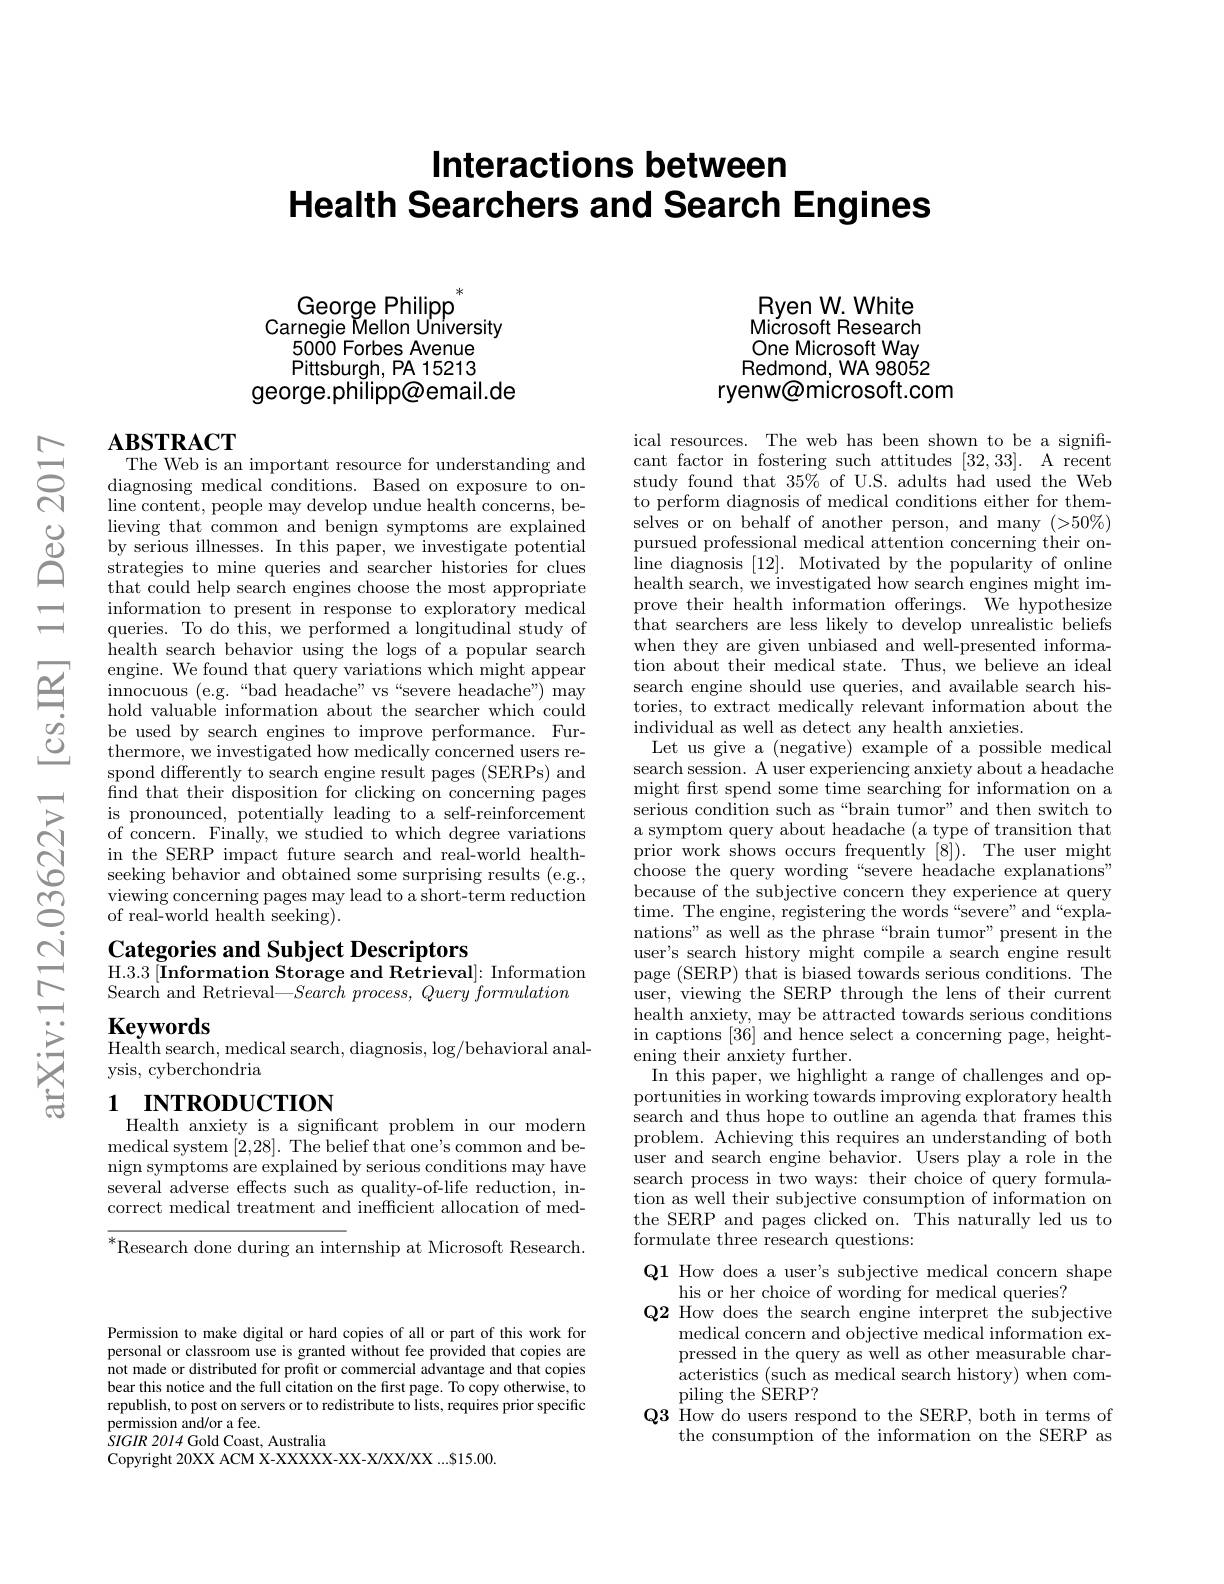
# Interactions between Health Searchers and Search Engines

George Philipp
Carnegie Mellon University
5000 Forbes Avenue Pittsburgh, PA 15213
george.philipp@email.de

## $\mathbf{ABSTRACT}$ The Web is an important resource for understanding and

diagnosing medical conditions. Based on exposure to online content, people may develop undue health concerns, believing that common and benign symptoms are explained by serious illnesses. In this paper, we investigate potential strategies to mine queries and searcher histories for clues that could help search engines choose the most appropriate information to present in response to exploratory medical queries. To do this, we performed a longitudinal study of health search behavior using the logs of a popular search engine. We found that query variations which might appear innocuous (e.g.“bad headache”vs“severe headache") may hold valuable information about the searcher which could be used by search engines to improve performance. Furthermore, we investigated how medically concerned users respond differently to search engine result pages (SERPs) and $\hat{\text{find that their disposition for clicking on concerning pages}}$ is pronounced, potentially leading to a self-reinforcement of concern. Finally, we studied to which degree variations in the SERP impact future search and real-world healthseeking behavior and obtained some surprising results (e.g., viewing concerning pages may lead to a short-term reduction of real-world health seeking).

Categories and Subject Descriptors
H. 3. 3 [ Information Storage and Retrieval] : Information

Search and Retrieval$—Search$ process, $Query\textit{formulation}$
Keywords

Health search, medical search, diagnosis, log/ behavioral anal-

ysis, cyberchondria

# 1 INTRODUCTION Health anxiety is a significant problem in our modern

medical system [2,28]. The belief that one's common and benign symptoms are explained by serious conditions may have several adverse effects such as quality-of-life reduction, incorrect medical treatment and inefficient allocation of med-

$\overline{^*\text{Research done during an internship at Microsoft Research.}}$

Ryen W. White Microsoft Research One Microsoft Way Redmond, WA 98052
ryenw@microsoft.com

ical resources. The web has been shown to be a significant factor in fostering such attitudes [32,33]. A recent study found that 35% of U.S. adults had used the Web to perform diagnosis of medical conditions either for themselves or on behalf of another person, and many (>50\%) pursued professional medical attention concerning their online diagnosis [12]. Motivated by the popularity of online health search, we investigated how search engines might improve their health information offerings. We hypothesize $\dot{\text{that searchers are less likely to develop unrealistic beliefs}}$ when they are given unbiased and well-presented information about their medical state. Thus, we believe an ideal search engine should use queries, and available search histories, to extract medically relevant information about the individual as well as detect any health anxieties.
Let us give a (negative) example of a possible medical search session. A user experiencing anxiety about a headache might frst spend some time searching for information on a serious condition such as “brain tumor”and then switch to a symptom query about headache (a type of transition that prior work shows occurs frequently [8]). The user might choose the query wording“severe headache explanations” because of the subjective concern they experience at query time. The engine, registering the words“severe”and“explanations" as well as the phrase“brain tumor”present in the user's search history might compile a search engine result page (SERP) that is biased towards serious conditions. The user, viewing the SERP through the lens of their current health anxiety, may be attracted towards serious conditions in captions [36] and hence select a concerning page, heightening their anxiety further.
In this paper, we highlight a range of challenges and opportunities in working towards improving exploratory health search and thus hope to outline an agenda that frames this problem. Achieving this requires an understanding of both user and search engine behavior. Users play a role in the search process in two ways: their choice of query formulation as well their subjective consumption of information on the SERP and pages clicked on. This naturally led us to formulate three research questions:
Q1 How does a user's subjective medical concern shape

his or her choice of wording for medical queries?
$\mathbf{Q2}$ How does the search engine interpret the subjective
medical concern and objective medical information expressed in the query as well as other measurable characteristics (such as medical search history) when com- $\operatorname{piling}$ the SERP?
$\mathbf{Q}3$ How do users respond to the SERP, both in terms of
the consumption of the information on the SERP as

Permission to make digital or hard copies of all or part of this work for personal or classroom use is granted without fee provided that copies are not made or distributed for profit or commercial advantage and that copies bear this notice and the full citation on the first page. To copy otherwise, to republish, to post on servers or to redistribute to lists, requires prior specific permission and/or a fee.
$SIGIR$ 2014 Gold Coast, Australia
Copyright 20XX ACM X-XXXXX-XX-X/XX/XXX...S15.00.